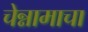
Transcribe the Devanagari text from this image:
चेन्नामाचा